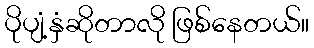
ပိုပျံ့နှံဆိုတာလို ဖြစ်နေတယ်။